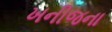
ખનીજના